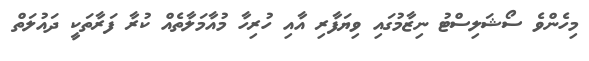
މިހެންވެ ސޯޝަލިސްޓު ނިޒާމުގައި ވިޔަފާރި އާއި ހުރިހާ މުއާމަލާތެއް ކުރާ ފަރާތަކީ ދައުލަތް